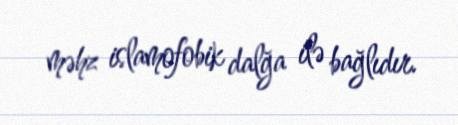
məhz islamofobik dalğa ilə bağlıdır.